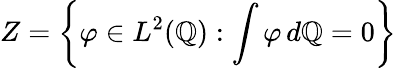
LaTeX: Z=\left\{ \varphi\in L^{2}(\mathbb{Q}):\int\varphi\, d\mathbb{Q}=0\right\}